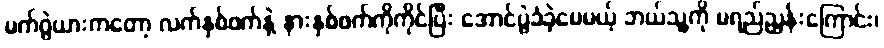
မက်ဂွဲယားကတော့ လက်နှစ်ဖက်နဲ့ နားနှစ်ဖက်ကိုကိုင်ပြီး အောင်ပွဲခံခဲ့ပေမယ့် ဘယ်သူ့ကို မရည်ညွှန်းကြောင်း၊